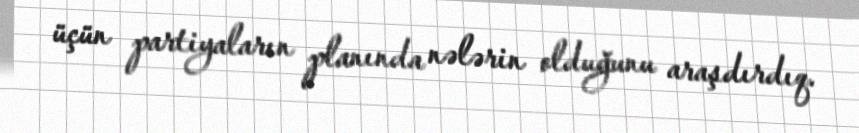
üçün partiyaların planında nələrin olduğunu araşdırdıq.